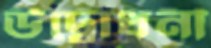
উদ্বোধনী